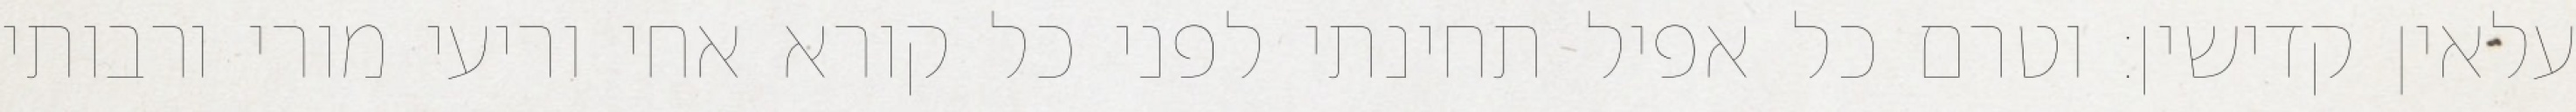
עלאין קדישין: וטרם כל אפיל תחינתי לפני כל קורא אחי וריעי מורי ורבותי